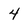
Character: 4